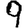
Digit: 9